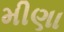
મીણા